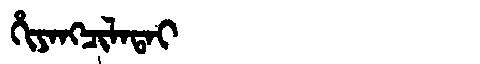
Manchu: ᡥᡳᠶᠠᠩᠴᡳᠯᠠᡨᠠᡳ
Romanization: HIYANGCILATAI